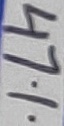
Text: 47%